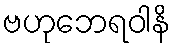
ဗဟုဘေရဝါနိ